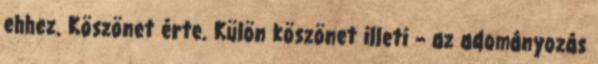
ehhez. Köszönet érte. Külön köszönet illeti – az adományozás